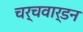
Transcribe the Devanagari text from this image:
चर्चवार्डन